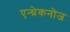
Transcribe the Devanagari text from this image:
एन्थ्रेकनोज